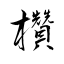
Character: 欑